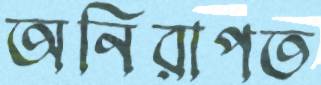
অনিরাপত